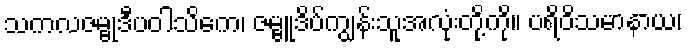
သကလဇမ္ဗုဒီပဝါသိကေ၊ ဇမ္ဗူဒိပ်ကျွန်းသူအလုံးတို့ကို။ ပရိဝိသမာနာယ၊